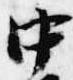
中